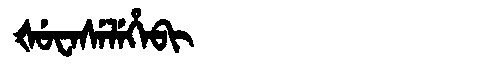
Manchu: ᡧᡠᠸᠠᠰᡝᠯᡝᡥᠠᠪᡳ
Romanization: ŠUWASELEHABI